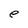
Character: e